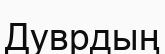
Дуврдың